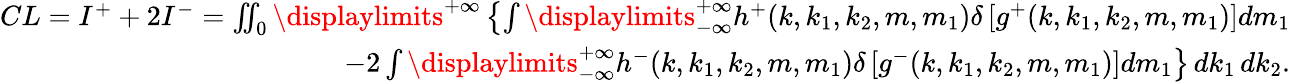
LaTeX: \begin{array}{r}{CL=I^{+}+2I^{-}=\iint_{0}\displaylimits^{+\infty}\left\{ \int\displaylimits_{-\infty}^{+\infty}h^{+}(k,k_{1},k_{2},m,m_{1})\delta\left[g^{+}(k,k_{1},k_{2},m,m_{1})\right]dm_{1}\right.}\\ {-2\left.\int\displaylimits_{-\infty}^{+\infty}h^{-}(k,k_{1},k_{2},m,m_{1})\delta\left[g^{-}(k,k_{1},k_{2},m,m_{1})\right]dm_{1}\right\} \, dk_{1}\, dk_{2}.}\end{array}